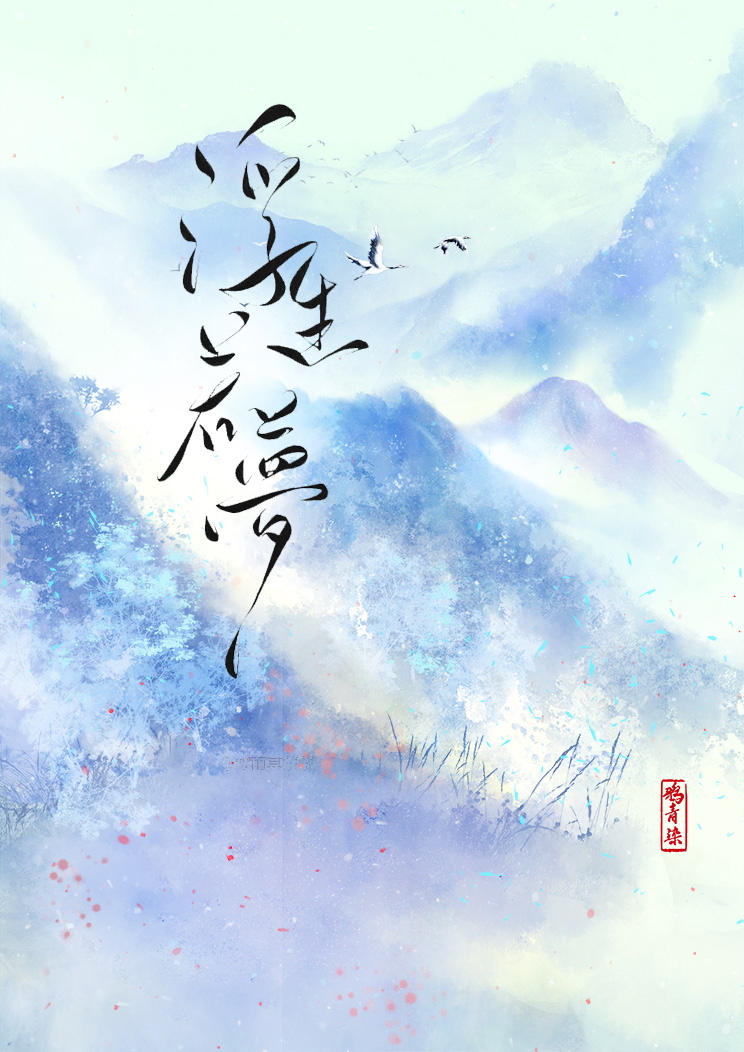
而浮生若梦，为欢几何？